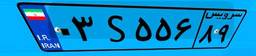
۰۳S۵۵۶۸۹